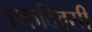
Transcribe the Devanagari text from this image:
एकदिवसी